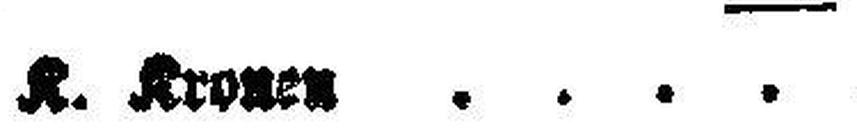
K. Kronen